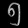
Digit: ၅